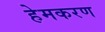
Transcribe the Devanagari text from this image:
हेमकरण